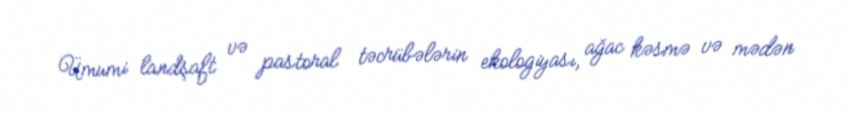
Ümumi landşaft və pastoral təcrübələrin ekologiyası, ağac kəsmə və mədən